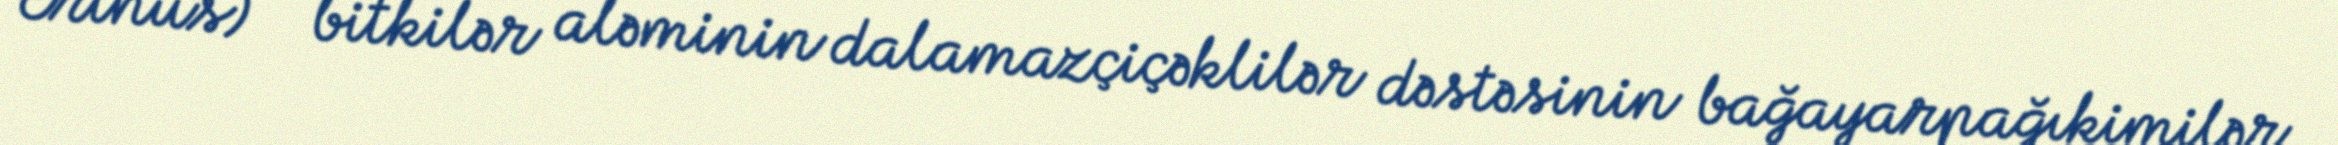
Erinus) — bitkilər aləminin dalamazçiçəklilər dəstəsinin bağayarpağıkimilər